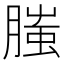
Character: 𦞲